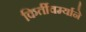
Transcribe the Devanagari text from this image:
किर्तीवर्म्याने